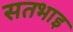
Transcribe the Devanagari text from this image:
सतभाइ